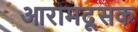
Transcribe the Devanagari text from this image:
आरामदूसक